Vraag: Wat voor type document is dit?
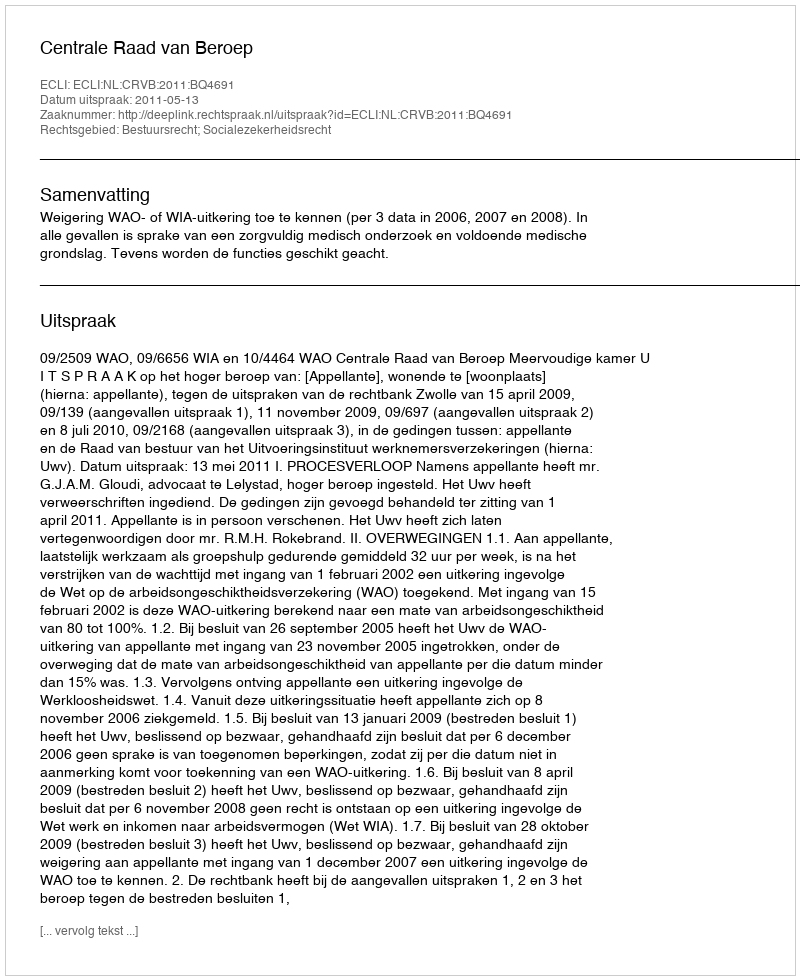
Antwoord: Uitspraak